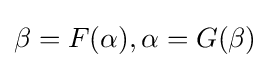
\beta =F(\alpha ),\alpha =G(\beta )